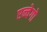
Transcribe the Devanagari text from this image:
एन्वेगो